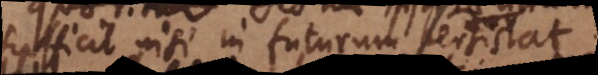
sufficit nisi in futurum persistat